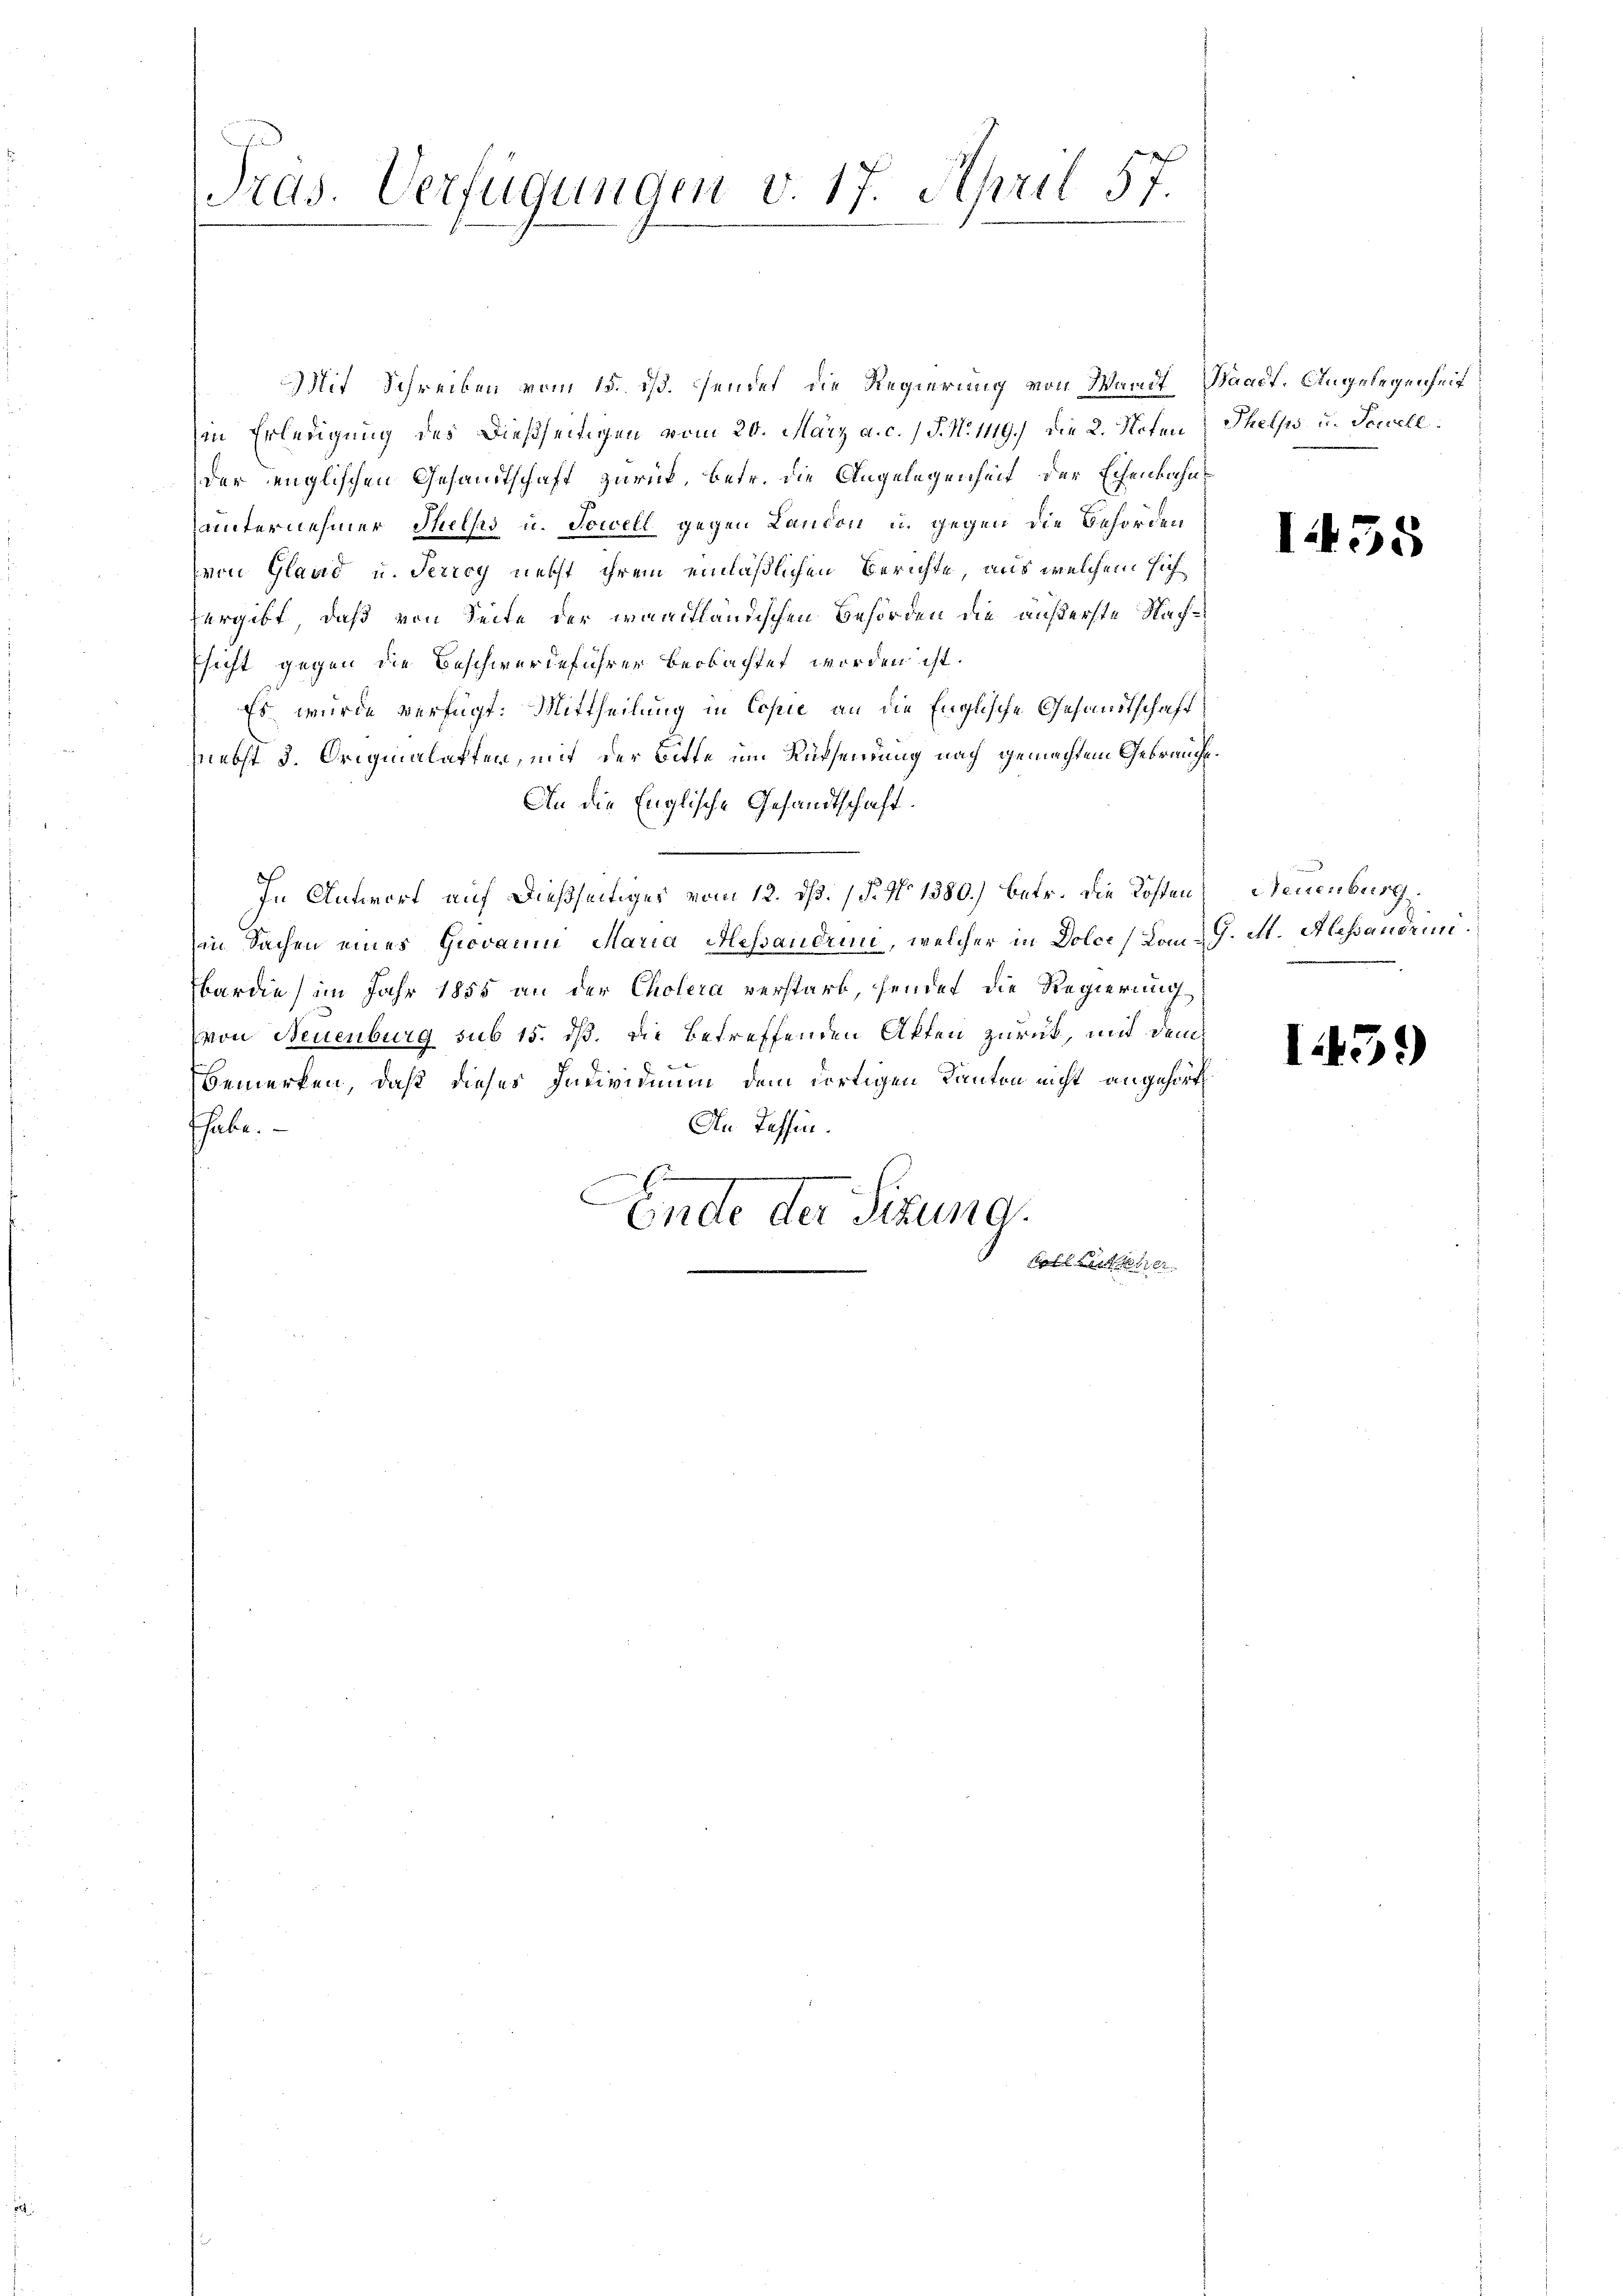
Pras. Verfügungen v. 17. April 57.

Mit Schreiben vom 15. ds. sendet, die Regierung von Waadt, Waadt, Angelegenheit
in Erledigung des dießseitigen vom 20. März a. c. 1 P. N. 1119.) die 2. Noten Thelps u. Tewell
der englischen Gesandtschaft zurück, betr. die Angelegenheit der Eisenbahnuinternehmer Thelks u. Sowell gegen Landon in gegen die Behörden
von Gland u. Terroy nebst ihrem einläßlichen Berichte, aus welchem sich
ergibt, daß von Seite der amtländischen Behörden die äußerste Nach¬
Esicht gegen die Beschwerdeführer beobachtet worden ist.
Es wurde verfügt: Mittheilung in Copie an die Englische Gesandtschaft
niebst d. Originalaften, mit der Bitte um Rücksendung nach gemachtem Gebrauche
An die Englische Gesandtschaft.
In Antwort auf dießseitiges vom 12. dß. (§. No 1380.) betr. die Kosten
in Sachen eines Giovaum Maria Hessandrin, welcher in Dolce (Com J. M. Alessaudemi
bardie) im Jahr 1855 an der Cholera verstarb, sendet die Regierung
von Neuenburg sub 15. dß. Die betreffenden Akten zurück, mit dem
Bemerken, daß dieses Individium dem dortigen Kanton nicht angehörte
habe.
An Tessin.
.
Ende der Sitzung
.
koll Lichlehrer

1455

Neuenburg.

159)